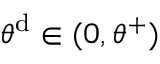
\theta ^ { \mathrm { d } } \in ( 0 , \theta ^ { + } )